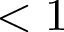
< 1